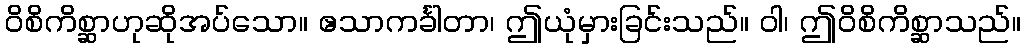
ဝိစိကိစ္ဆာဟုဆိုအပ်သော။ ဧသာကင်္ခါတာ၊ ဤယုံမှားခြင်းသည်။ ဝါ၊ ဤဝိစိကိစ္ဆာသည်။